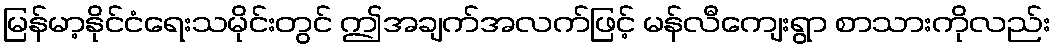
မြန်မာ့နိုင်ငံရေးသမိုင်းတွင် ဤအချက်အလက်ဖြင့် မန်လီကျေးရွာ စာသားကိုလည်း